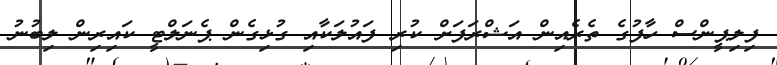
ފިލިޕީންސް ހާފުގެ ތެރެއިން އަޝްރަފަށް ކުރި ފައުލަކާއި ގުޅިގެން ޕެނަލްޓީ ކައިރިން ލިބުނު